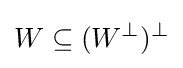
W\subseteq (W^{\perp })^{\perp }